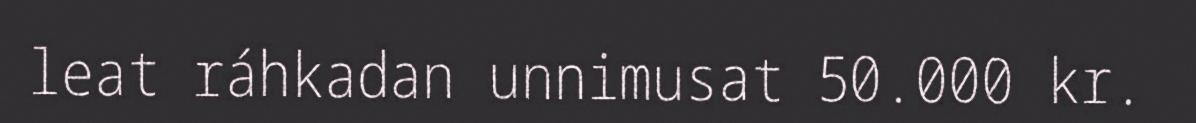
leat ráhkadan unnimusat 50.000 kr.